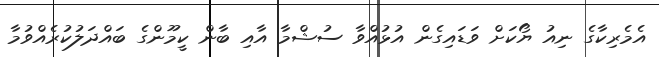
އެމެރިކާގެ ނިއު ޔޯކަށް ވަޑައިގެން އުޅުއްވާ ސުޝްމާ އާއި ބާން ކީމޫންގެ ބައްދަލުކުރެއްވުމާ